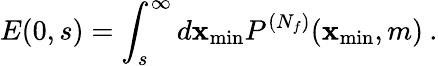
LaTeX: E(0,s)=\int_{s}^{\infty}d\mathbf{x}_{\mathrm{{min}}}P^{(N_{f})}(\mathbf{x}_{\mathrm{{min}}},m)\: .